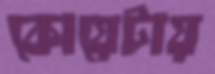
কোয়েটায়